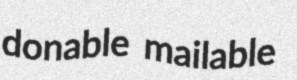
donable mailable